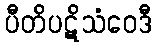
ပီတိပဋိသံဝေဒီ